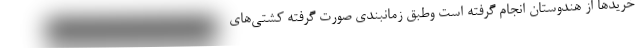
خریدها از هندوستان انجام گرفته است وطبق زمانبندی صورت گرفته کشتی‌های